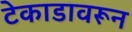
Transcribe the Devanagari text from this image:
टेकाडावरून